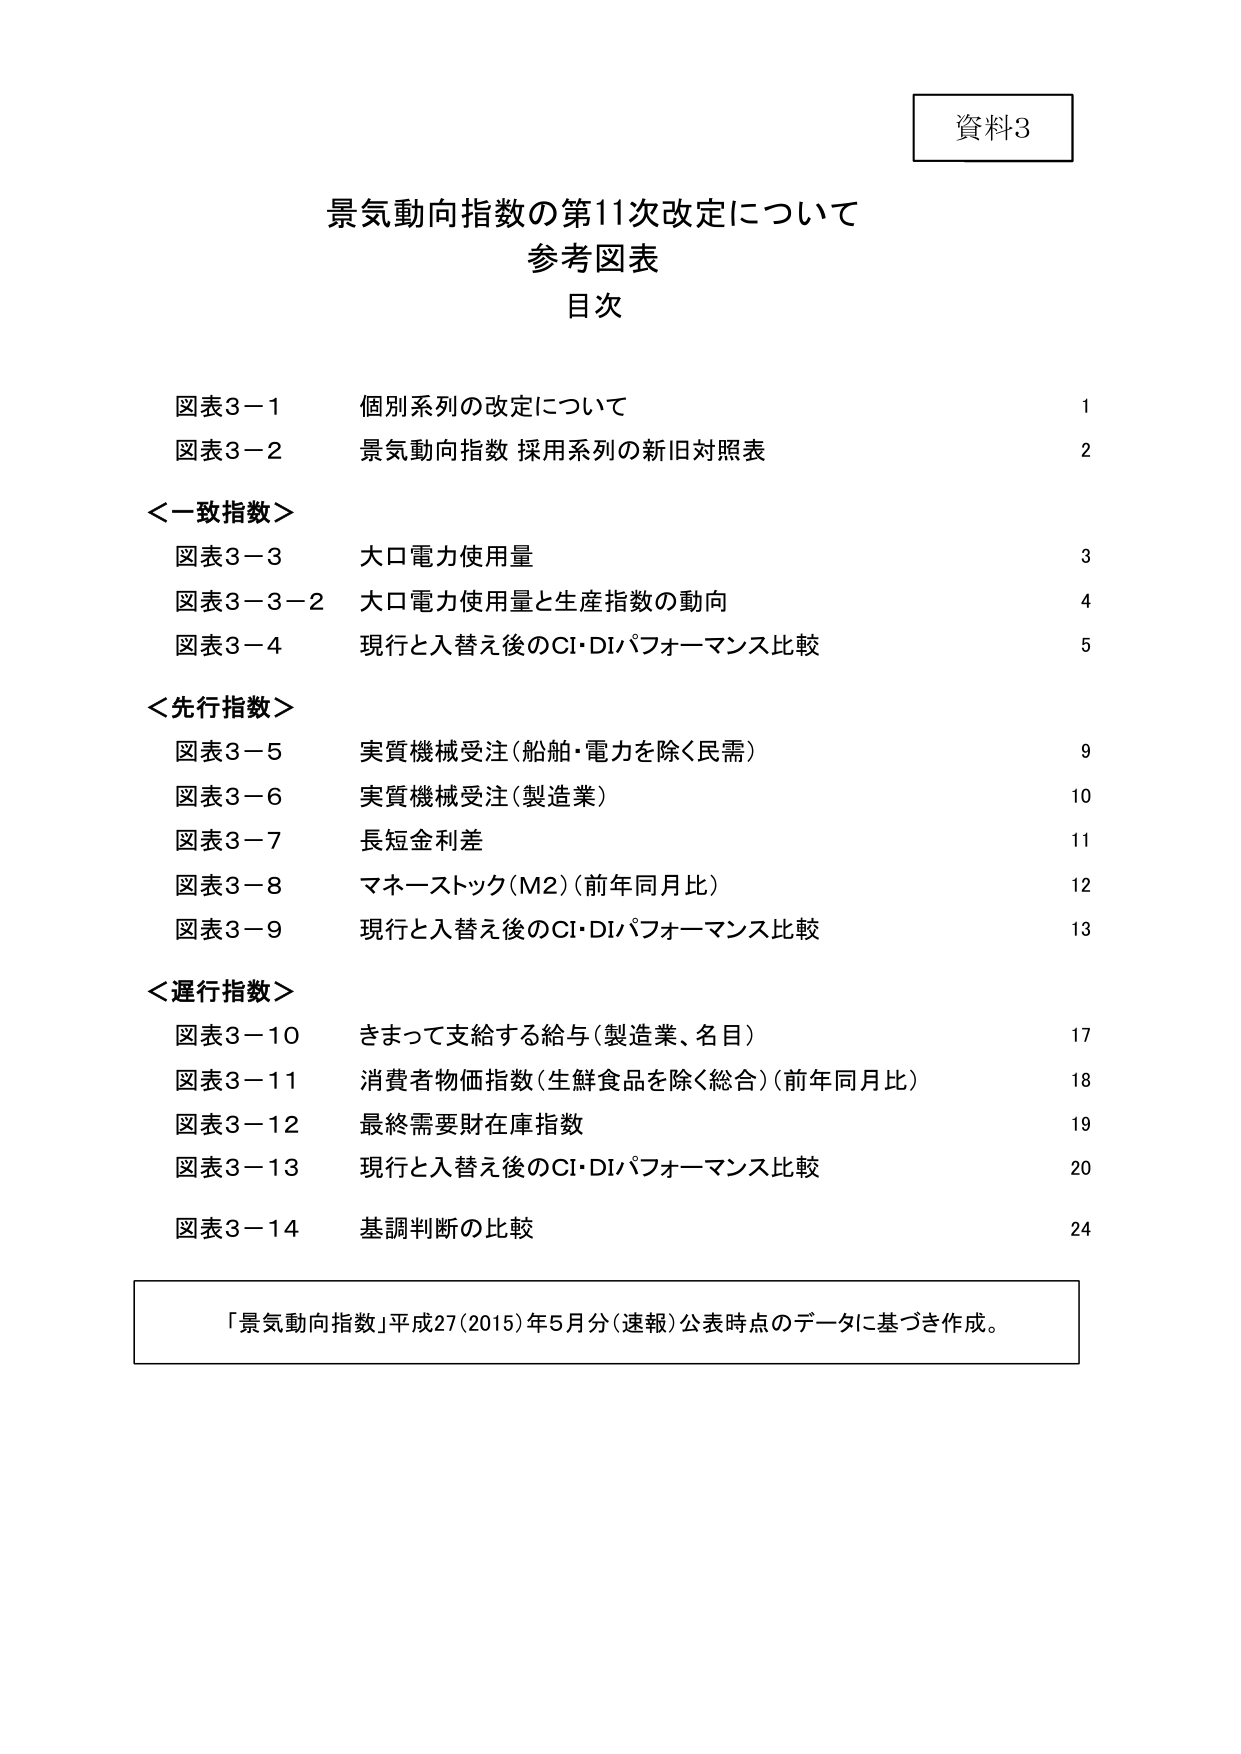
資料3

景気動向指数の第11次改定について
参考図表
目次

図表3－1　個別系列の改定について